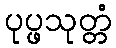
ပုပ္ဖသုတ္တံ